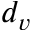
d _ { v }